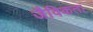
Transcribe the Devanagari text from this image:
जैविकता